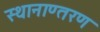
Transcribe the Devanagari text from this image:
स्थानाण्तरण